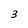
Character: 3